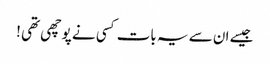
جیسے ان سے یہ بات کسی نے پوچھی تھی !